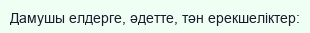
Дамушы елдерге, әдетте, тән ерекшеліктер: